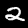
Digit: 2